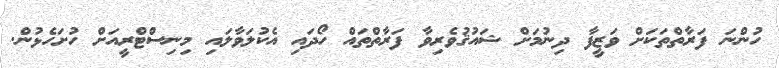
ހުންނަ ފަރާތްތަކަށް ވަޒީފާ ދިނުމަށް ޝައުޤުވެރިވާ ފަރާތްތައް ހޯދައި އެކުލަވާލައި މިނިސްޓްރީއަށް ހުށަހެޅުން.